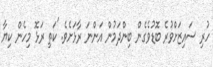
ހުރި ސައިޒަށްވުރެ ބޮޑުވެގެން ބިންދަމުން އަންނަ ރާޅަށެވެ. 'ކަތި ރަޅޮ މިހެން ކިޔާ